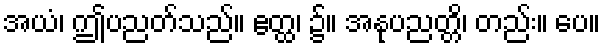
အယံ၊ ဤပညတ်သည်။ ဧတ္ထ၊ ၌။ အနုပညတ္တိ၊ တည်း။ ပေ။